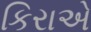
કિરાએ